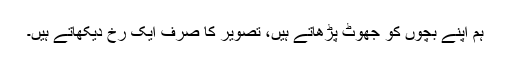
ہم اپنے بچوں کو جھوٹ پڑھاتے ہیں، تصویر کا صرف ایک رُخ دیکھاتے ہیں۔